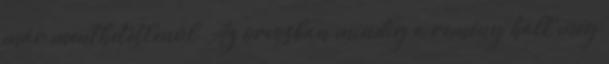
már menthetetlenül. Az orvosban mindig a remény halt meg